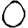
Digit: 0